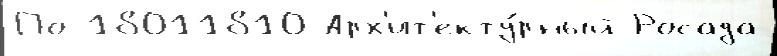
По 18011810 Арх'ит'екту́рный Росада